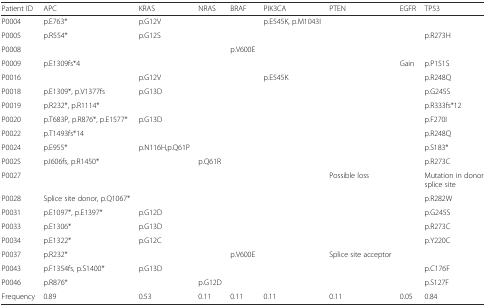
<table><thead><tr><td><b>Patient ID</b></td><td><b>APC</b></td><td><b>KRAS</b></td><td><b>NRAS</b></td><td><b>BRAF</b></td><td><b>PIK3CA</b></td><td><b>PTEN</b></td><td><b>EGFR</b></td><td><b>TP53</b></td></tr></thead><tbody><tr><td>P0004</td><td>p.E763*</td><td>p.G12V</td><td></td><td></td><td>p.E545K, p.M1043I</td><td></td><td></td><td></td></tr><tr><td>P0005</td><td>p.R554*</td><td>p.G12S</td><td></td><td></td><td></td><td></td><td></td><td>p.R273H</td></tr><tr><td>P0008</td><td></td><td></td><td></td><td>p.V600E</td><td></td><td></td><td></td><td></td></tr><tr><td>P0009</td><td>p.E1309fs*4</td><td></td><td></td><td></td><td></td><td></td><td>Gain</td><td>p.P151S</td></tr><tr><td>P0016</td><td></td><td>p.G12V</td><td></td><td></td><td>p.E545K</td><td></td><td></td><td>p.R248Q</td></tr><tr><td>P0018</td><td>p.E1309*, p.V1377fs</td><td>p.G13D</td><td></td><td></td><td></td><td></td><td></td><td>p.G245S</td></tr><tr><td>P0019</td><td>p.R232*, p.R1114*</td><td></td><td></td><td></td><td></td><td></td><td></td><td>p.R333fs*12</td></tr><tr><td>P0020</td><td>p.T683P, p.R876*, p.E1577*</td><td>p.G13D</td><td></td><td></td><td></td><td></td><td></td><td>p.F270I</td></tr><tr><td>P0022</td><td>p.T1493fs*14</td><td></td><td></td><td></td><td></td><td></td><td></td><td>p.R248Q</td></tr><tr><td>P0024</td><td>p.E955*</td><td>p.N116H,p.Q61P</td><td></td><td></td><td></td><td></td><td></td><td>p.S183*</td></tr><tr><td>P0025</td><td>p.I606fs, p.R1450*</td><td></td><td>p.Q61R</td><td></td><td></td><td></td><td></td><td>p.R273C</td></tr><tr><td>P0027</td><td></td><td></td><td></td><td></td><td></td><td>Possible loss</td><td></td><td>Mutation in donor splice site</td></tr><tr><td>P0028</td><td>Splice site donor, p.Q1067*</td><td></td><td></td><td></td><td></td><td></td><td></td><td>p.R282W</td></tr><tr><td>P0031</td><td>p.E1097*, p.E1397*</td><td>p.G12D</td><td></td><td></td><td></td><td></td><td></td><td>p.G245S</td></tr><tr><td>P0033</td><td>p.E1306*</td><td>p.G13D</td><td></td><td></td><td></td><td></td><td></td><td>p.R273C</td></tr><tr><td>P0034</td><td>p.E1322*</td><td>p.G12C</td><td></td><td></td><td></td><td></td><td></td><td>p.Y220C</td></tr><tr><td>P0037</td><td>p.R232*</td><td></td><td></td><td>p.V600E</td><td></td><td>Splice site acceptor</td><td></td><td></td></tr><tr><td>P0043</td><td>p.F1354fs, p.S1400*</td><td>p.G13D</td><td></td><td></td><td></td><td></td><td></td><td>p.C176F</td></tr><tr><td>P0046</td><td>p.R876*</td><td></td><td>p.G12D</td><td></td><td></td><td></td><td></td><td>p.S127F</td></tr><tr><td>Frequency</td><td>0.89</td><td>0.53</td><td>0.11</td><td>0.11</td><td>0.11</td><td>0.11</td><td>0.05</td><td>0.84</td></tr></tbody></table>